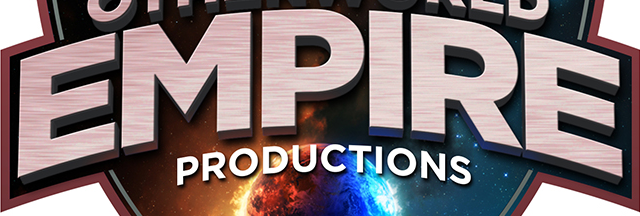
EMPIRE